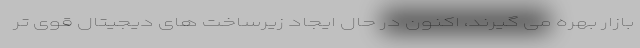
بازار بهره می گیرند، اکنون در حال ایجاد زیرساخت های دیجیتال قوی تر